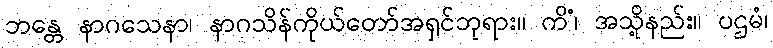
ဘန္တေ နာဂသေနာ၊ နာဂသိန်ကိုယ်တော်အရှင်ဘုရား။ ကိံ၊ အသို့နည်း။ ပဌမံ၊